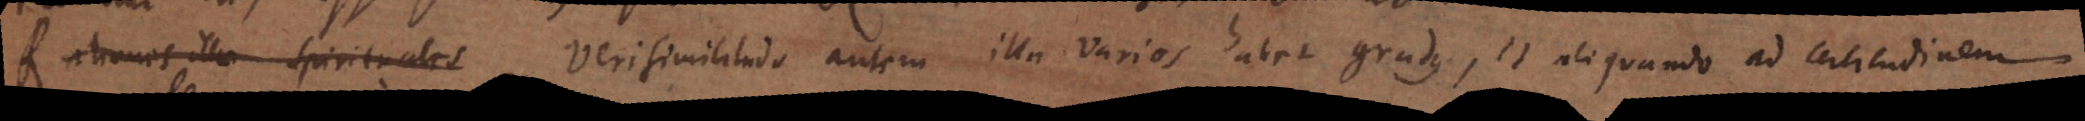
Rationes illae spirituales Verisimilitudo autem illa varios habet gradus, et aliquando ad certitudinem